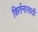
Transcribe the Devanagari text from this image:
किर्तनासाठी